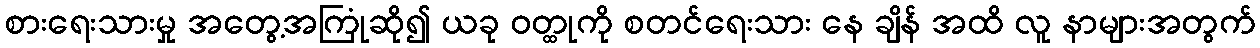
စားရေးသားမှု အတွေ့အကြုံဆို၍ ယခု ဝတ္ထုကို စတင်ရေးသား နေ ချိန် အထိ လူ နာများအတွက်